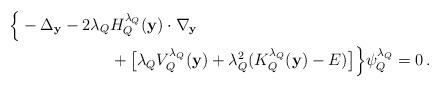
LaTeX: \begin{align*} \Big\{-\Delta_{\bf y}-2\lambda_{Q} &H_{Q}^{\lambda_{Q}}({\bf y})\cdot\nabla_{\bf y} \\& +\big[\lambda_{Q} V_{Q}^{\lambda_{Q}}({\bf y})+\lambda_{Q}^2(K_{Q}^{\lambda_{Q}}({\bf y})-E)\big] \Big\}\psi_Q^{\lambda_Q} = 0\,.\end{align*}